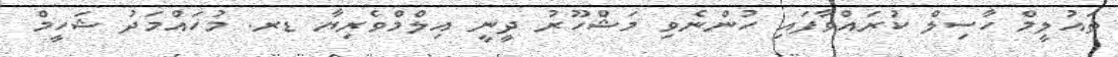
ތައުލީމް ހާސިލް ކުރައްވާފައި ހުންނެވި މަޝްހޫރު ދީނީ އިލްމްވެރިޔާ ޑރ. މުހައްމަދު ޝަހީމް